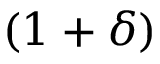
( 1 + \delta )